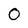
Character: O